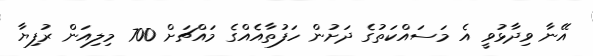
އޭނާ ވިދާޅުވީ އެ މަސައްކަތުގެ ދަށުން ހަފުތާއެއްގެ މައްޗަށް 700 މިލިއަން ރުފިޔާ